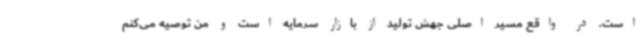
است. در واقع مسیر اصلی جهش تولید از بازار سرمایه است و من توصیه می‌کنم